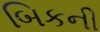
બિકની